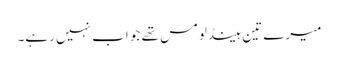
میرے تین ہینڈلومس تھے جو اب نہیں رہے۔